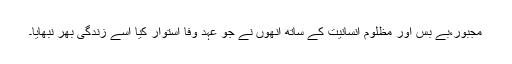
مجبور،بے بس اور مظلوم انسانیت کے ساتھ انھوں نے جو عہد وفا استوار کیا اسے زندگی بھر نبھایا۔